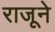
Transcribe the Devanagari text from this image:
राजूने